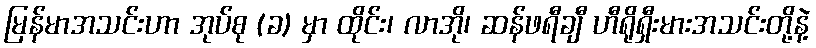
မြန်မာအသင်းဟာ အုပ်စု (ခ) မှာ ထိုင်း၊ လာအို၊ ဆန်ဖရီချီ ဟီရိုရှီးမားအသင်းတို့နဲ့